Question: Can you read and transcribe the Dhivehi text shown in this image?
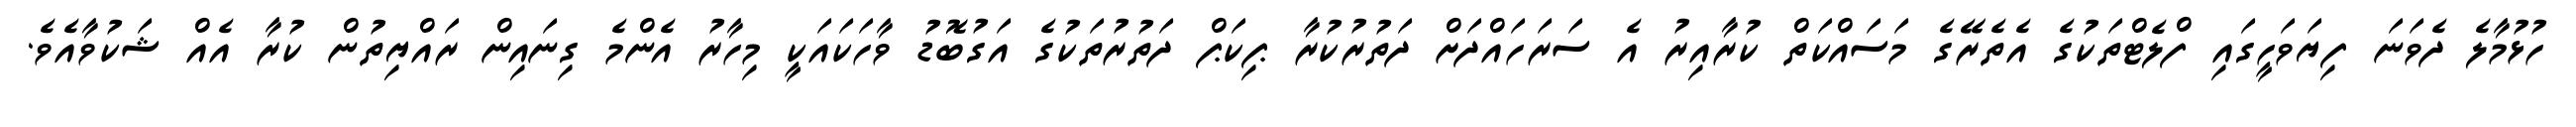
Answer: ހުޅުމާލެ ދެވަނަ ފިޔަވަހީގައި ފްލެޓްތަކުގެ އެތެރޭގެ މަސައްކަތް ކުރާއިރު އެ ސަރަހައްދަށް ދަތުރުކުރާ ޕިކަޕް ދަތުރުތަކުގެ އަގުބޮޑު ވާހަކައަކީ މިހާރު އެންމެ ގިނައިން ރައްޔިތުން ކުރާ އެއް ޝަކުވާއެވެ.